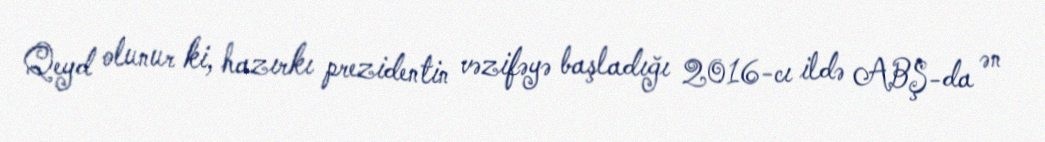
Qeyd olunur ki, hazırkı prezidentin vəzifəyə başladığı 2016-cı ildə ABŞ-da ən